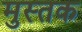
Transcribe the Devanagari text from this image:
मुस्तक